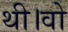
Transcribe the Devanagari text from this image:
थी।वो